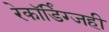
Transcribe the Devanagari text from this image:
रेकॉर्डिंग्जही